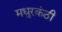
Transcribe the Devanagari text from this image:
मधुरकंठी